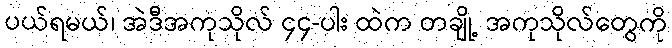
ပယ်ရမယ်၊ အဲဒီအကုသိုလ် ၄၄-ပါး ထဲက တချို့ အကုသိုလ်တွေကို